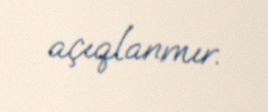
açıqlanmır.